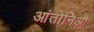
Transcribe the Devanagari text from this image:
आंतोनिओ